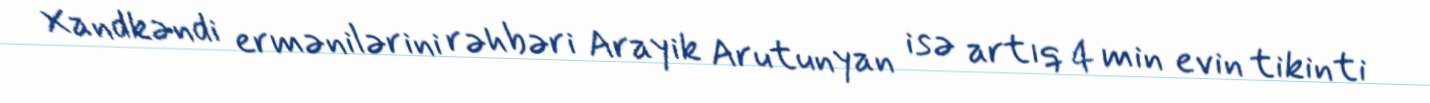
Xandkəndi ermənilərini rəhbəri Arayik Arutunyan isə artıq 4 min evin tikinti